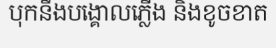
បុកនឹងបង្គោលភ្លើង និងខូចខាត